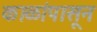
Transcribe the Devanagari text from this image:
काळांपासून